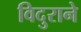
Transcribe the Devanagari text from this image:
विदुराने